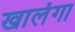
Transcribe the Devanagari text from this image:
खालंगा